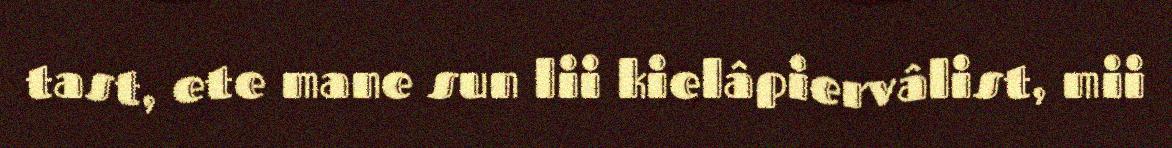
tast, ete mane sun lii kielâpiervâlist, mii